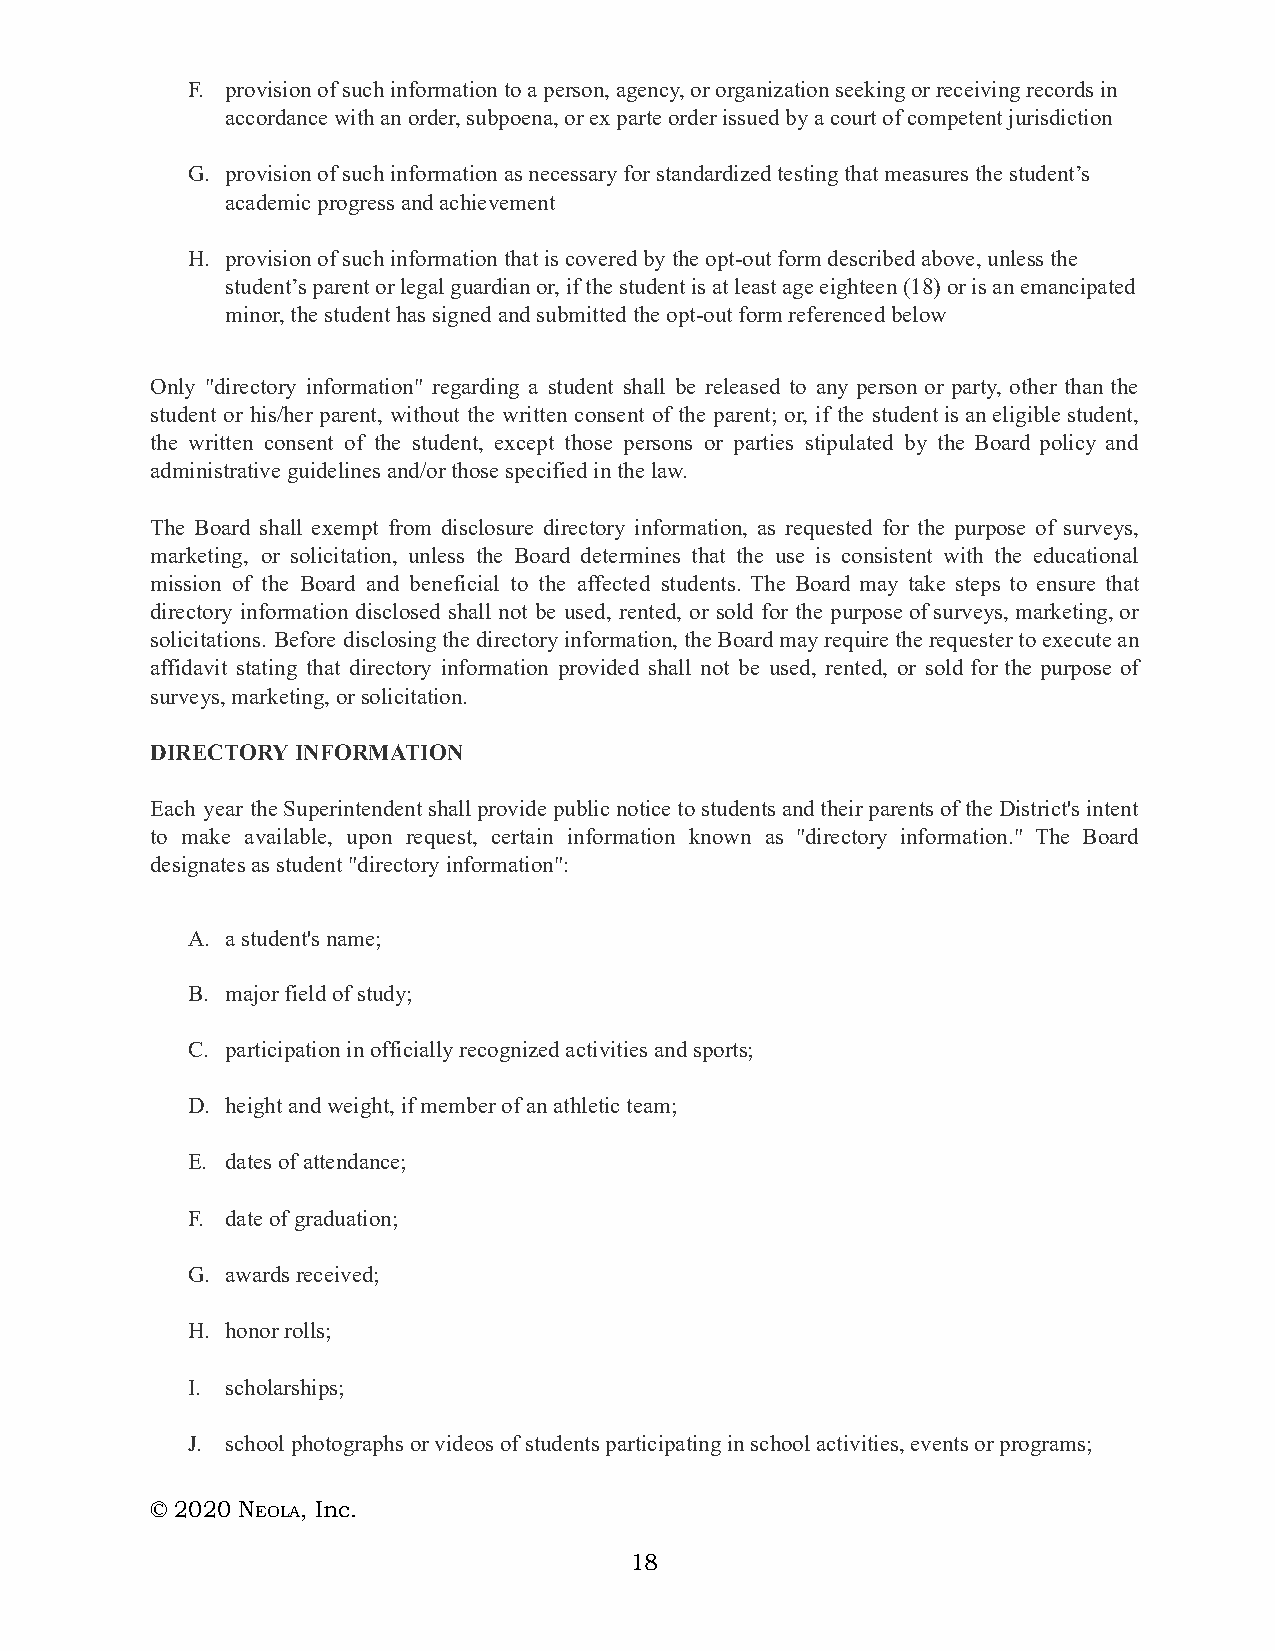
F. provision of such information to a person, agency, or organization seeking or receiving records in
 accordance with an order, subpoena, or ex parte order issued by a court of competent jurisdiction
 G. provision of such information as necessary for standardized testing that measures the student’s
 academic progress and achievement
 H. provision of such information that is covered by the opt-out form described above, unless the
 student’s parent or legal guardian or, if the student is at least age eighteen (18) or is an emancipated
 minor, the student has signed and submitted the opt-out form referenced below
 Only "directory information" regarding a student shall be released to any person or party, other than the
 student or his/her parent, without the written consent of the parent; or, if the student is an eligible student,
 the written consent of the student, except those persons or parties stipulated by the Board policy and
 administrative guidelines and/or those specified in the law.
 The Board shall exempt from disclosure directory information, as requested for the purpose of surveys,
 marketing, or solicitation, unless the Board determines that the use is consistent with the educational
 mission of the Board and beneficial to the affected students. The Board may take steps to ensure that
 directory information disclosed shall not be used, rented, or sold for the purpose of surveys, marketing, or
 solicitations. Before disclosing the directory information, the Board may require the requester to execute an
 affidavit stating that directory information provided shall not be used, rented, or sold for the purpose of
 surveys, marketing, or solicitation.
 DIRECTORY INFORMATION
 Each year the Superintendent shall provide public notice to students and their parents of the District's intent
 to make available, upon request, certain information known as "directory information." The Board
 designates as student "directory information":
 A. a student's name;
 B. major field of study;
 C. participation in officially recognized activities and sports;
 D. height and weight, if member of an athletic team;
 E. dates of attendance;
 F. date of graduation;
 G. awards received;
 H. honor rolls;
 I. scholarships;
 J. school photographs or videos of students participating in school activities, events or programs;
 © 2020 NE OLA, Inc.
 18